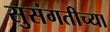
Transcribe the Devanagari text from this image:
सुसंगतीच्या